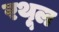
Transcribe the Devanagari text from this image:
रथूल